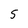
Character: 5